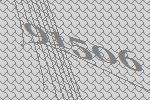
91506